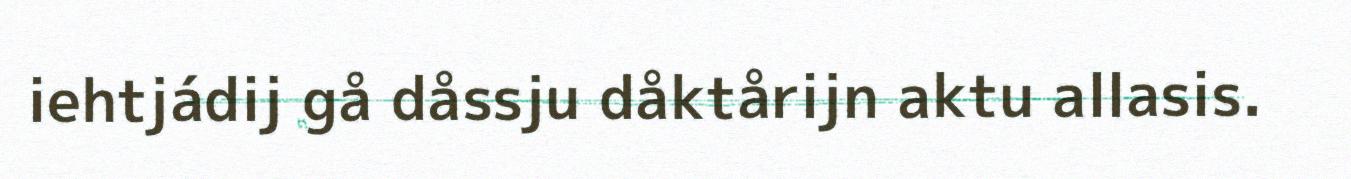
iehtjádij gå dåssju dåktårijn aktu allasis.